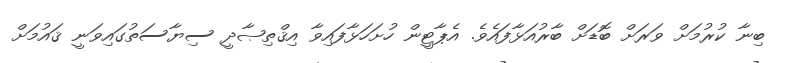
ބިނާ ކުރުމަށް ވަރަށް ބޮޑަށް ބާރުއަޅާފައެވެ. އެޕާޓީން ހުށަހަޅާފައިވާ އިޤްތިޞާދީ ސިޔާސަތުގައިވަނީ ޤައުމަށް